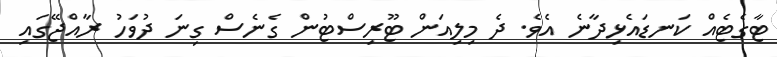
ޓާގެޓެއް ކަނޑައެޅިދާނެ އެވެ. ދެ މިލިއަން ޓޫރިސްޓުން ގެނެސް ގިނަ ދުވަހު ރާއްޖޭގައި